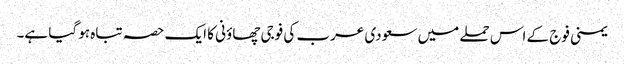
یمنی فوج کے اس حملے میں سعودی عرب کی فوجی چھاؤنی کا ایک حصہ تباہ ہو گیا ہے۔